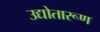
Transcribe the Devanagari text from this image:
उद्योतारूण